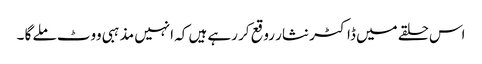
اس حلقے میں ڈاکٹر نثار روقع کر رہے ہیں کہ انہیں مذہبی ووٹ ملے گا ۔